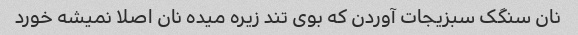
نان سنگک سبزیجات آوردن که بوی تند زیره میده نان اصلا نمیشه خورد